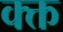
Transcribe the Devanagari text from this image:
क्क्त